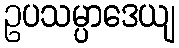
ဥပသမ္ပာဒေယျ